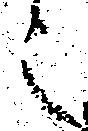
之